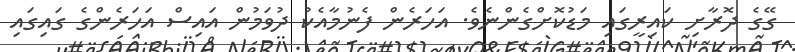
ގޭގެ ދޮރާށި ކައިރީގައި މަޑުކޮށްގެންނެވެ. އަހަރެން ފެނުމާއެކު ދުވަމުން އައިސް އަހަރެންގެ ގައިގައި